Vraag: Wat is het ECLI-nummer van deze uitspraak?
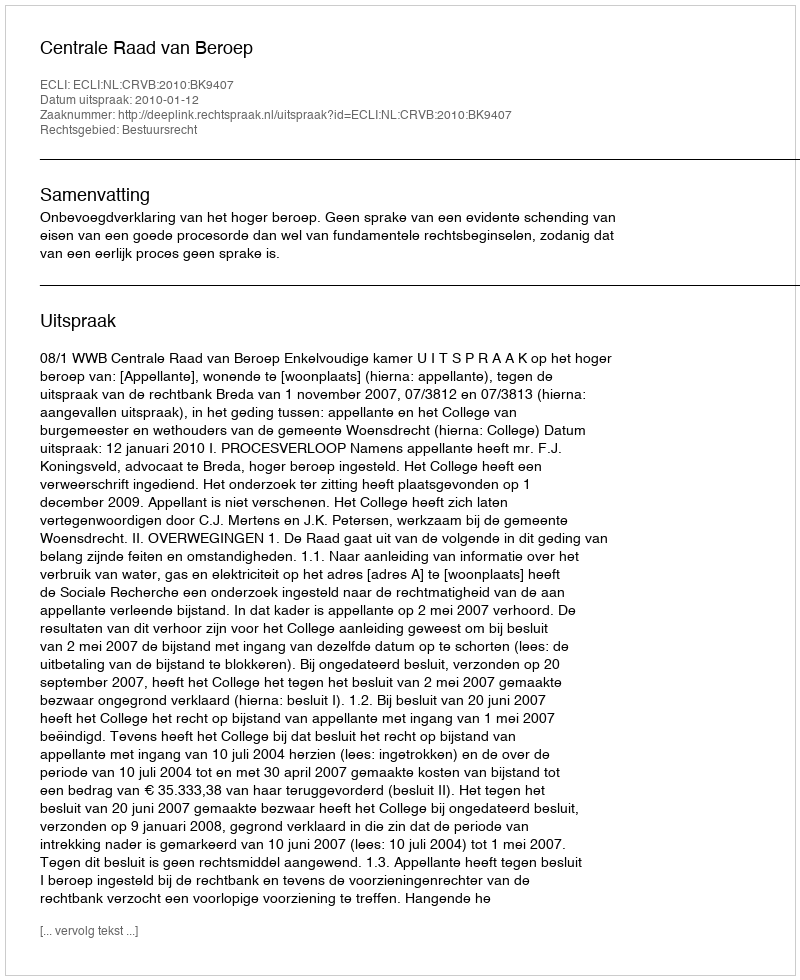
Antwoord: ECLI:NL:CRVB:2010:BK9407